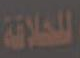
للخلاقة